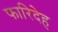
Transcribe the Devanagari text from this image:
फारिदेह